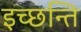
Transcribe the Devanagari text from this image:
इच्छन्ति